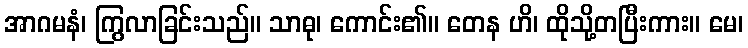
အာဂမနံ၊ ကြွလာခြင်းသည်။ သာဓု၊ ကောင်း၏။ တေန ဟိ၊ ထိုသို့တပြီးကား။ မေ၊